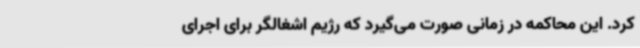
کرد. این محاکمه در زمانی صورت می‌گیرد که رژیم اشغالگر برای اجرای